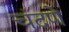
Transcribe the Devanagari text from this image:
चंदणे